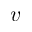
v